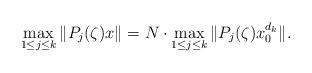
LaTeX: \begin{align*} \max_{1\leq j\leq k}\Vert P_{j}(\zeta) x\Vert=N\cdot\max_{1\leq j\leq k}\Vert P_{j}(\zeta) x_{0}^{d_{k}}\Vert.\end{align*}